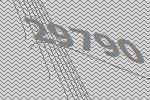
29790